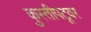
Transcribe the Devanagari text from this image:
कुस्तीपटूवर